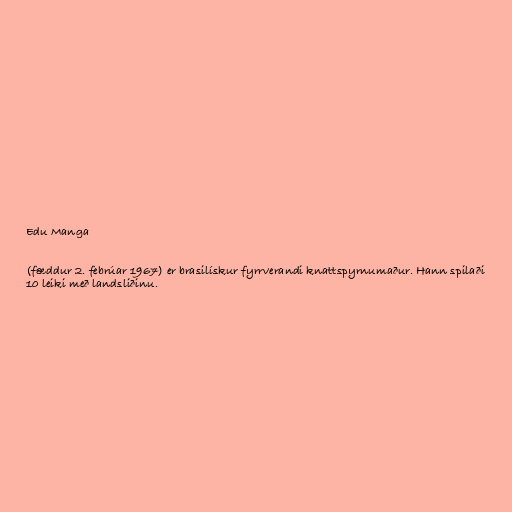
Edu Manga

(fæddur 2. febrúar 1967) er brasilískur fyrrverandi knattspyrnumaður. Hann spilaði
10 leiki með landsliðinu.